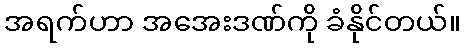
အရက်ဟာ အအေးဒဏ်ကို ခံနိုင်တယ်။